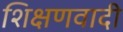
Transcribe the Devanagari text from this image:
शिक्षणवादी